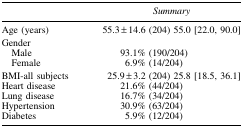
|  | Summary |
 | --- | --- |
 | Age (years) | 55.3 ± 14.6 (204) 55.0 [22.0, 90.0] |
 | <COLSPAN=2> Gender |
 | Male | 93.1% (190/204) |
 | Female | 6.9% (14/204) |
 | BMI-all subjects | 25.9 ± 3.2 (204) 25.8 [18.5, 36.1] |
 | Heart disease | 21.6% (44/204) |
 | Lung disease | 16.7% (34/204) |
 | Hypertension | 30.9% (63/204) |
 | Diabetes | 5.9% (12/204) |